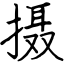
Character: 摄